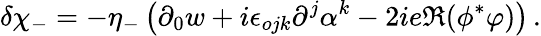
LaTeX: \delta\chi_{-}=-\eta_{-}\left(\partial_{0}w+i\epsilon_{ojk}\partial^{j}\alpha^{k}-2ie\Re(\phi^{*}\varphi)\right)\, .